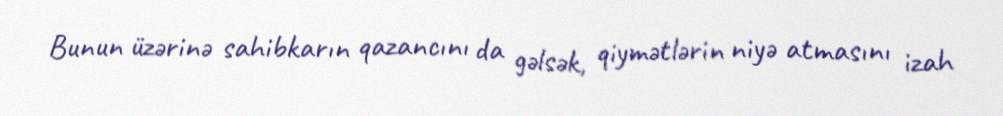
Bunun üzərinə sahibkarın qazancını da gəlsək, qiymətlərin niyə atmasını izah